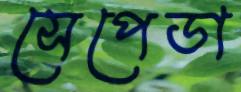
সেপেডা